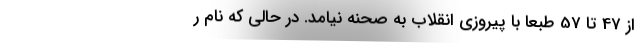
از 47 تا 57 طبعا با پیروزی انقلاب به صحنه نیامد. در حالی که نام ر